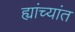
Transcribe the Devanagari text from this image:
ह्यांच्यांत